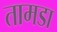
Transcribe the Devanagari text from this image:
तामडा